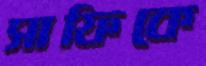
সাফিকে